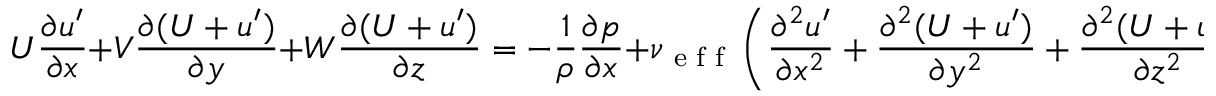
U \frac { \partial u ^ { \prime } } { \partial x } + V \frac { \partial ( U + u ^ { \prime } ) } { \partial y } + W \frac { \partial ( U + u ^ { \prime } ) } { \partial z } = - \frac { 1 } { \rho } \frac { \partial p } { \partial x } + \nu \textsubscript { e f f } \left( \frac { \partial ^ { 2 } u ^ { \prime } } { \partial x ^ { 2 } } + \frac { \partial ^ { 2 } ( U + u ^ { \prime } ) } { \partial y ^ { 2 } } + \frac { \partial ^ { 2 } ( U + u ^ { \prime } ) } { \partial z ^ { 2 } } \right) ,